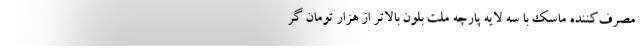
مصرف‌کننده ماسک با سه لایه پارچه ملت بلون بالاتر از هزار تومان گر